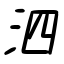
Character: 泗